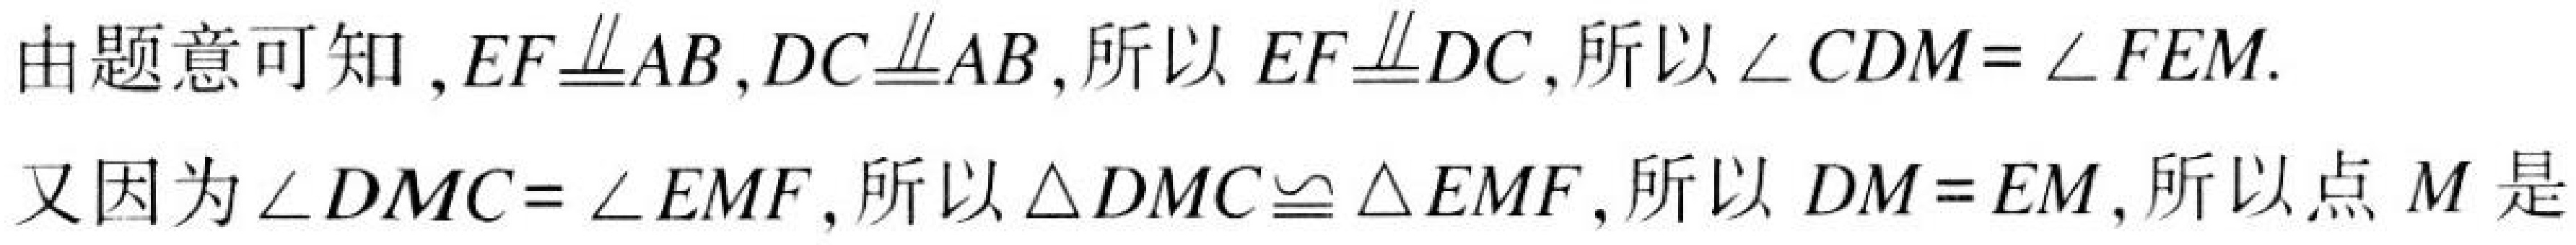
由题意可知$,EF\underline{\underline{\parallel}}AB,DC\underline{\underline{\parallel}}AB,$所以$EF\underline{\underline{\parallel}}DC,$所以$\angle CDM = \angle FEM.$
又因为$\angle DMC = \angle EMF,$所以$\triangle DMC\cong\triangle EMF,$所以$DM = EM,$所以点$M$是